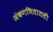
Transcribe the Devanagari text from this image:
अंकगणितातली